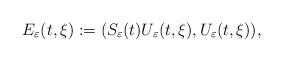
LaTeX: \begin{align*}E_{\varepsilon}(t,\xi):=(S_{\varepsilon}(t) U_{\varepsilon}(t,\xi), U_{\varepsilon}(t,\xi)),\end{align*}